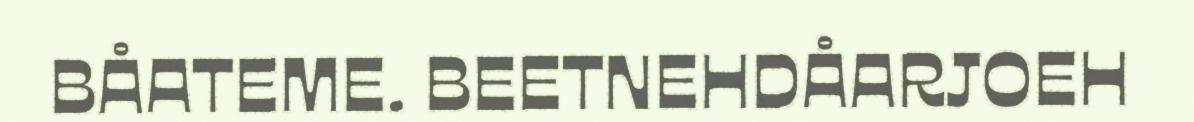
BÅATEME. BEETNEHDÅARJOEH